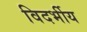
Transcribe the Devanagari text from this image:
विदर्भीय